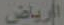
الرياض